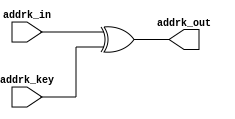
module AddRoundKey (
	/*w0_curr,
	w1_curr,
	w2_curr,
	w3_curr,
	k0_curr,
	k1_curr,
	k2_curr,
	k3_curr,
	w0_next,
	w1_next,
	w2_next,
	w3_next*/
	addrk_in,
	addrk_key,
	addrk_out
);

//input [31:0] w0_curr, w1_curr, w2_curr, w3_curr, k0_curr, k1_curr, k2_curr, k3_curr;
//output [31:0] w0_next, w1_next, w2_next, w3_next;
input  [127:0]addrk_in;
input  [127:0]addrk_key;
output [127:0]addrk_out;

//assign w0_next = w0_curr ^ k0_curr;
//assign w1_next = w1_curr ^ k1_curr;
//assign w2_next = w2_curr ^ k2_curr;
//assign w3_next = w3_curr ^ k3_curr;
assign addrk_out = addrk_in ^ addrk_key;

endmodule